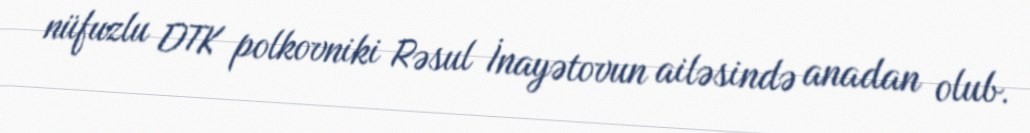
nüfuzlu DTK polkovniki Rəsul İnayətovun ailəsində anadan olub.